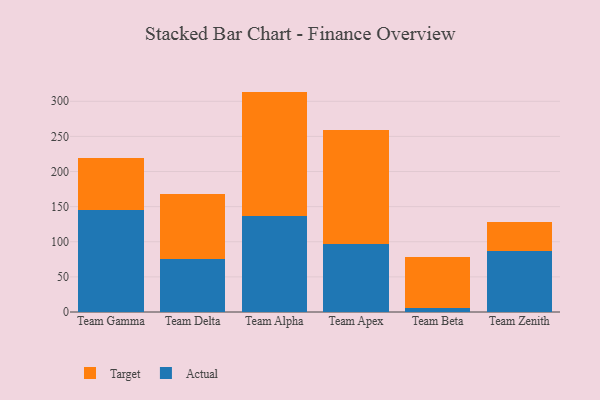
{"axis": {"x": "Team", "y": "Inventory Turnover"}, "legend": ["Actual", "Target"], "data": [{"x": "Team Gamma", "y": 145.5, "type": "Actual"}, {"x": "Team Gamma", "y": 73.3, "type": "Target"}, {"x": "Team Delta", "y": 75.4, "type": "Actual"}, {"x": "Team Delta", "y": 92.7, "type": "Target"}, {"x": "Team Alpha", "y": 136.5, "type": "Actual"}, {"x": "Team Alpha", "y": 177.3, "type": "Target"}, {"x": "Team Apex", "y": 96.7, "type": "Actual"}, {"x": "Team Apex", "y": 161.8, "type": "Target"}, {"x": "Team Beta", "y": 5.4, "type": "Actual"}, {"x": "Team Beta", "y": 72.7, "type": "Target"}, {"x": "Team Zenith", "y": 87.5, "type": "Actual"}, {"x": "Team Zenith", "y": 41.2, "type": "Target"}]}